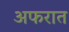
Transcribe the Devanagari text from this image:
अफरात